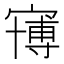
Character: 𱚒